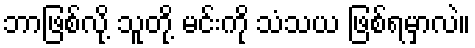
ဘာဖြစ်လို့ သူတို့ မင်းကို သံသယ ဖြစ်ရမှာလဲ။